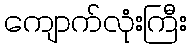
ကျောက်လုံးကြီး